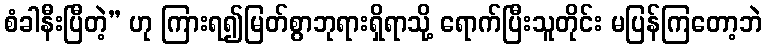
စံခါနီးပြီတဲ့” ဟု ကြားရ၍မြတ်စွာဘုရားရှိရာသို့ ရောက်ပြီးသူတိုင်း မပြန်ကြတော့ဘဲ